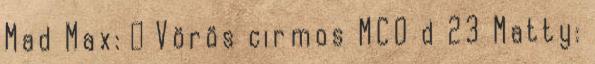
Mad Max: ♂ Vörös cirmos MCO d 23 Matty: